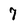
Character: 7